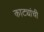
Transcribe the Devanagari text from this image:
काट्यांची